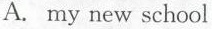
A. my new school